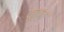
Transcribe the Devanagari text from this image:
यूक्त